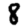
Digit: 8